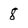
Character: 8